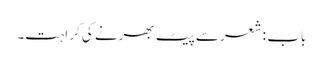
باب : شعر سے پیٹ بھرنے کی کراہت۔